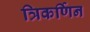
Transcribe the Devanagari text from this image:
त्रिकर्णिन